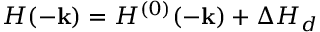
H ( - { \bf k } ) = H ^ { ( 0 ) } ( - { \bf k } ) + \Delta H _ { d }